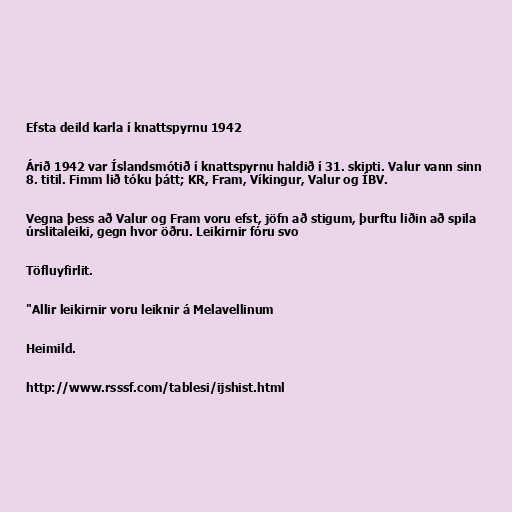
Efsta deild karla í knattspyrnu 1942

Árið 1942 var Íslandsmótið í knattspyrnu haldið í 31. skipti. Valur vann sinn
8. titil. Fimm lið tóku þátt; KR, Fram, Víkingur, Valur og ÍBV.

Vegna þess að Valur og Fram voru efst, jöfn að stigum, þurftu liðin að spila
úrslitaleiki, gegn hvor öðru. Leikirnir fóru svo

Töfluyfirlit.

"Allir leikirnir voru leiknir á Melavellinum

Heimild.

http://www.rsssf.com/tablesi/ijshist.html